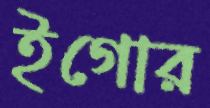
ইগোর